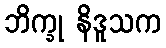
ဘိက္ခု နိဒူသက